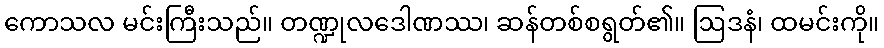
ကောသလ မင်းကြီးသည်။ တဏ္ဍုလဒေါဏဿ၊ ဆန်တစ်စရွတ်၏။ ဩဒနံ၊ ထမင်းကို။